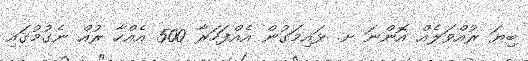
ބިޔަ ރުއްވަލެއް އޮންނަ ށ. ޅައިމަގުން އެއްފަހަރާ 500 އެއްހާ ރުއް ނެގުމުގައި